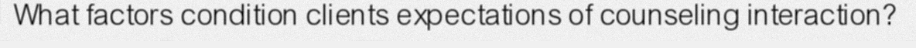
What factors condition clients expectations of counseling interaction?